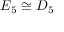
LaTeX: E _ { 5 } \cong D _ { 5 }